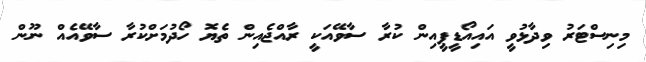
މިނިސްޓަރު ވިދާޅުވީ އައިއޯޑީޕީއިން ކުރާ ސާވޭއަކީ ރާއްޖެއިން ތެޔޮ ހޯދުމަށްކުރާ ސާވޭއެއް ނޫން